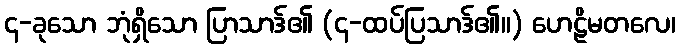
၄-ခုသော ဘုံရှိသော ပြာသာဒ်၏ (၄-ထပ်ပြသာဒ်၏။) ဟေဠိမတလေ၊